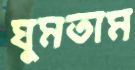
ঘুমতাম